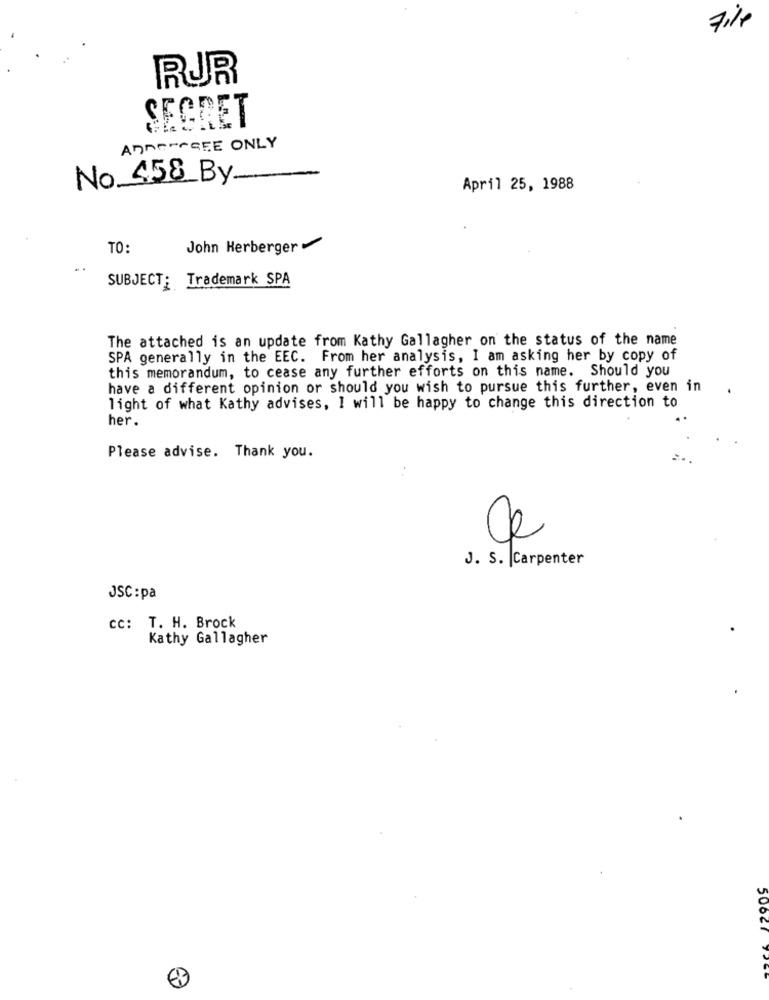
File
RUR
SEGRET
AnnePAGEE ONLY
No 458 By
April 25, 1988
TO:
John Herberger
SUBJECT; Trademark SPA
The attached is an update from Kathy Gallagher on the status of the name
SPA generally in the EEC. From her analysis, I am asking her by copy of
this memorandum, to cease any further efforts on this name. Should you
have a different opinion or should you wish to pursue this further, even in
light of what Kathy advises, I will be happy to change this direction to
her.
Please advise. Thank you.
J. S. |Carpenter
JSC : pa
CC: T. H. Brock
Kathy Gallagher
50027 y?